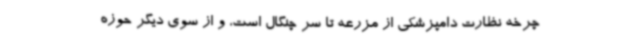
چرخه نظارت دامپزشکی از مزرعه تا سر چنگال است، و از سوی دیگر حوزه